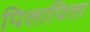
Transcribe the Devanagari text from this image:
पिलापिला